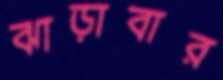
ঝাড়াবার